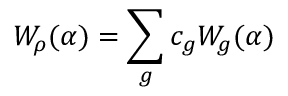
W _ { \rho } ( \alpha ) = \sum _ { g } c _ { g } W _ { g } ( \alpha )